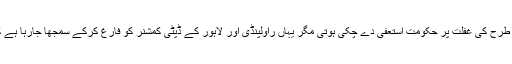
کوئی ترقی یافتہ ملک ہوتا تو اس طرح کی غفلت پر حکومت استعفیٰ دے چکی ہوتی مگر یہاں راولپنڈی اور لاہور کے ڈپٹی کمشنر کو فارغ کرکے سمجھا جارہا ہے کہ سارے مسائل حل ہوچکے ہیں۔